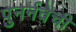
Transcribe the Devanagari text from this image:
पुनर्नवेची